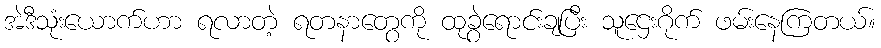
အဲဒီသုံးယောက်ဟာ ရလာတဲ့ ရတနာတွေကို ထုခွဲရောင်းချပြီး သူဌေးဂိုက် ဖမ်းနေကြတယ်။